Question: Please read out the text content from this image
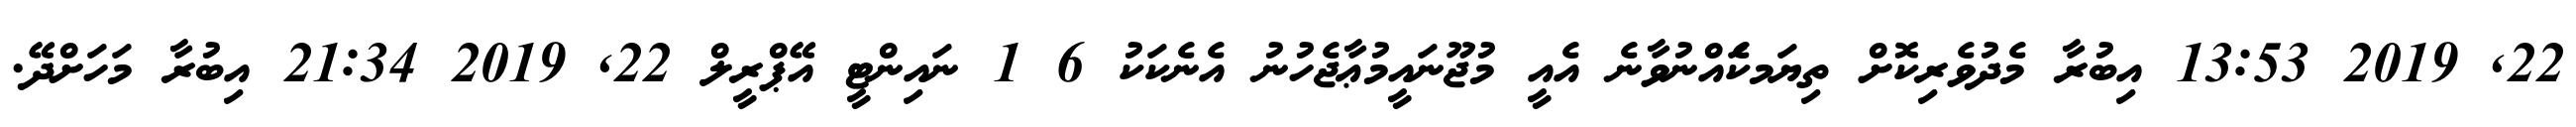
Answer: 22, 2019 13:53 އިބުރާ މެދުވެރިކޮށް ތިޔަމކަެއްނުވާނެ އެއީ މުޖޫނައީމުޢާޖެހުނު އެނެކަކު 6 1 ނައިންޓީ އޭޕްރީލް 22, 2019 21:34 އިބުރާ މަހަށްދޭ.